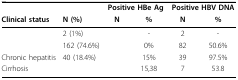
<table><thead><tr><td>[EMPTY_CELL]</td><td>[EMPTY_CELL]</td><td colspan="2"><b>Positive HBe Ag</b></td><td colspan="2"><b>Positive HBV DNA</b></td></tr><tr><td><b>Clinical status</b></td><td><b>N (%)</b></td><td><b>N</b></td><td><b>%</b></td><td><b>N</b></td><td><b>%</b></td></tr></thead><tbody><tr><td>[EMPTY_CELL]</td><td>2 (1%)</td><td>[EMPTY_CELL]</td><td>-</td><td>2</td><td>-</td></tr><tr><td>[EMPTY_CELL]</td><td>162 (74.6%)</td><td>[EMPTY_CELL]</td><td>0%</td><td>82</td><td>50.6%</td></tr><tr><td>Chronic hepatitis</td><td>40 (18.4%)</td><td>[EMPTY_CELL]</td><td>15%</td><td>39</td><td>97.5%</td></tr><tr><td>Cirrhosis</td><td>[EMPTY_CELL]</td><td>[EMPTY_CELL]</td><td>15,38</td><td>7</td><td>53.8</td></tr></tbody></table>